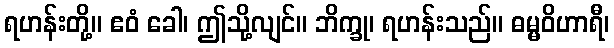
ရဟန်းတို့။ ဧဝံ ခေါ၊ ဤသို့လျင်။ ဘိက္ခု၊ ရဟန်းသည်။ ဓမ္မဝိဟာရီ၊